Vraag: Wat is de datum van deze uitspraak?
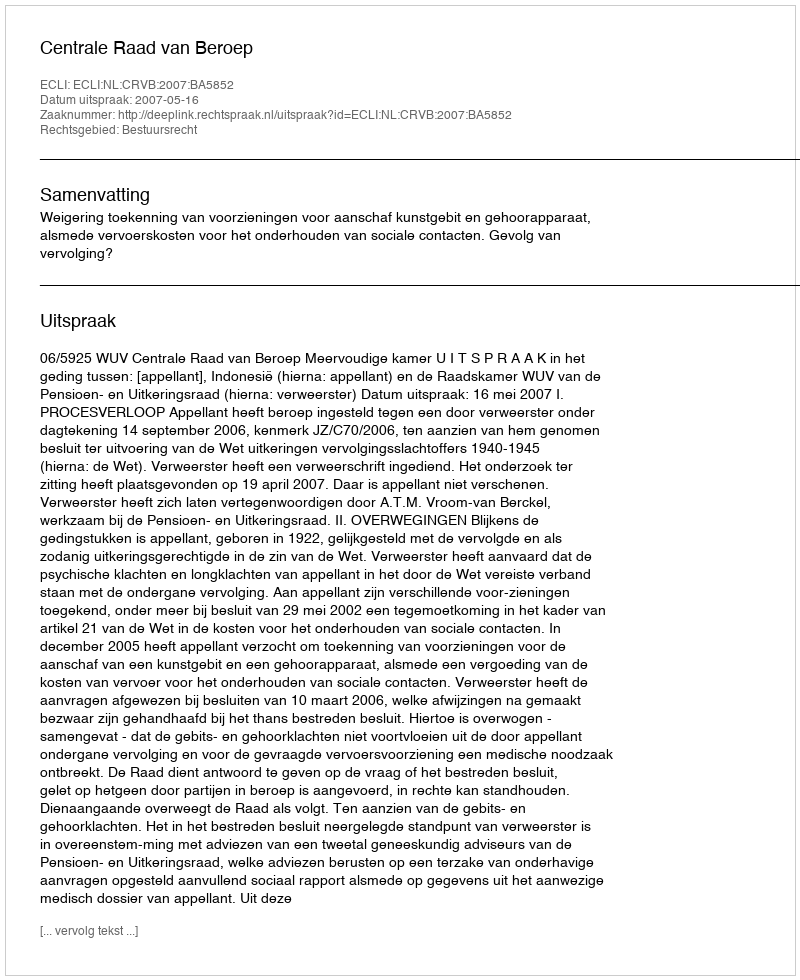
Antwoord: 2007-05-16